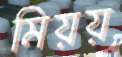
মিয়য়